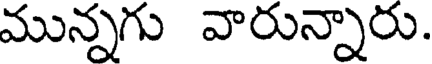
మున్నగు వారున్నారు.